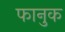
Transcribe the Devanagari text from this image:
फानुक